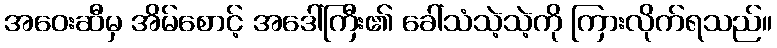
အဝေးဆီမှ အိမ်စောင့် အဒေါ်ကြီး၏ ခေါ်သံသဲ့သဲ့ကို ကြားလိုက်ရသည်။